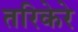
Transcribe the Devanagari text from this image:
तरिकेरे